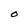
Character: O